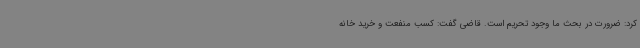
کرد: ضرورت در بحث ما وجود تحریم است. قاضی گفت: کسب منفعت و خرید خانه